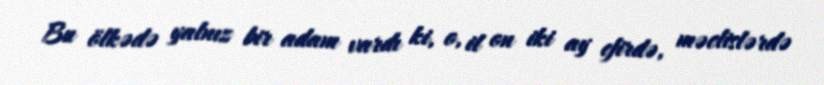
Bu ölkədə yalnız bir adam vardı ki, o, il on iki ay efirdə, məclislərdə